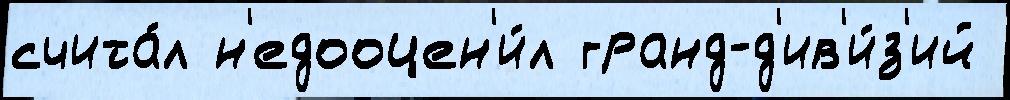
счита́л н'едооцен'и́л гранд-д'ив'и́з'ий